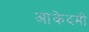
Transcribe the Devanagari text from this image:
आकेदमी